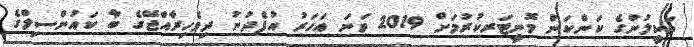
ވަކީލުންގެ ކަންކަން މޮނީޓަރކުރުމަށް 2019 ވަނަ އަހަރު އުފެދުނު ދިވެހިރާއްޖޭގެ ބާ ކައުންސިލްގެ